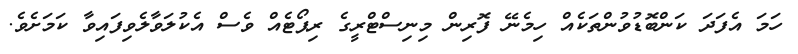
ހަމަ އެފަދަ ކަންބޮޑުވުންތަކެއް ހިމެނޭ ފޮރިން މިނިސްޓްރީގެ ރިޕޯޓެއް ވެސް އެކުލަވާލެވިފައިވާ ކަމަށެވެ.